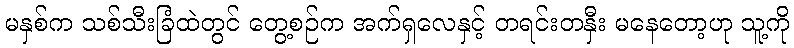
မနှစ်က သစ်သီးခြံထဲတွင် တွေ့စဉ်က အက်ရှလေနှင့် တရင်းတနှီး မနေတော့ဟု သူ့ကို